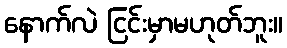
နောက်လဲ ငြင်းမှာမဟုတ်ဘူး။